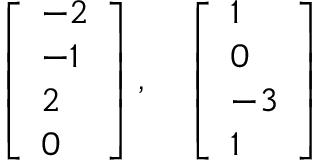
\begin{array} { r } { \left[ \begin{array} { l } { - 2 } \\ { - 1 } \\ { 2 } \\ { 0 } \end{array} \right] , \ \ \ \left[ \begin{array} { l } { 1 } \\ { 0 } \\ { - 3 } \\ { 1 } \end{array} \right] } \end{array}